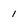
Character: 1